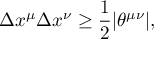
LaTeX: \Delta x ^ { \mu } \Delta x ^ { \nu } \ge { \frac { 1 } { 2 } } | \theta ^ { \mu \nu } | ,